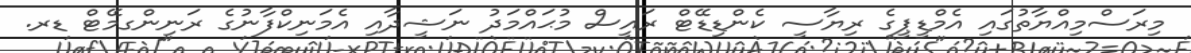
މިރަސްމިއްޔާތުގައި އެމްޑީޕީގެ ރިޔާސީ ކެންޑިޑޭޓް ރައީސް މުޙައްމަދު ނަޝީދާއި އެމަނިކްފާނުގެ ރަނިންގމޭޓް ޑރ.